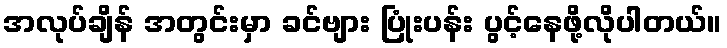
အလုပ်ချိန် အတွင်းမှာ ခင်ဗျား ပြုံးပန်း ပွင့်နေဖို့လိုပါတယ်။